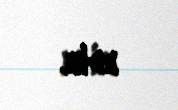
edib.